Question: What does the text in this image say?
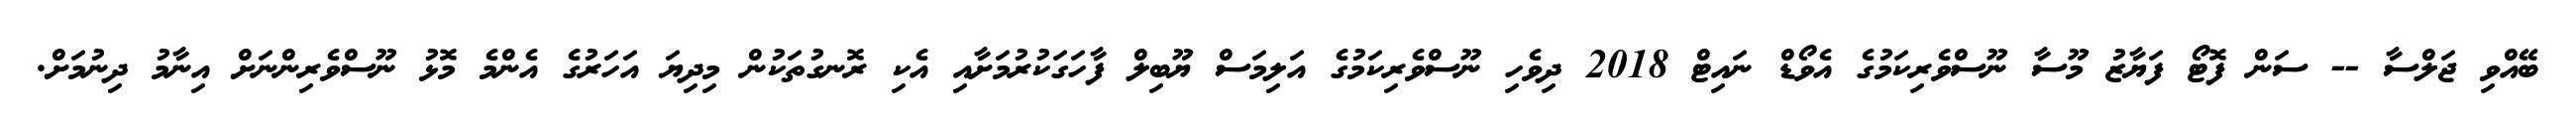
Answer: ބޭއްވި ޖަލްސާ -- ސަން ފޮޓޯ ފަޔާޒު މޫސާ ނޫސްވެރިކަމުގެ އެވޯޑް ނައިޓް 2018 ދިވެހި ނޫސްވެރިކަމުގެ އަލިމަސް ޔޫބިލް ފާހަގަކުރުމަށާއި އެކި ރޮނގުތަކުން މިދިޔަ އަހަރުގެ އެންމެ މޮޅު ނޫސްވެރިންނަށް އިނާމު ދިނުމަށް.